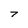
Character: 7